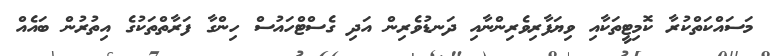
މަސައްކަތްކުރާ ކޮމިޓީތަކާއި ވިޔަފާރިވެރިންނާއި ދަނޑުވެރިން އަދި ގެސްޓްހައުސް ހިންގާ ފަރާތްތަކުގެ އިތުރުން ބައެއް